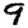
Digit: 9